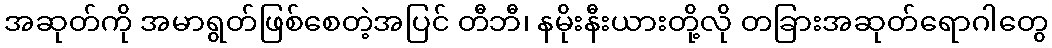
အဆုတ်ကို အမာရွတ်ဖြစ်စေတဲ့အပြင် တီဘီ၊ နမိုးနီးယားတို့လို တခြားအဆုတ်ရောဂါတွေ